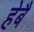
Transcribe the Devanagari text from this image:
हेबै